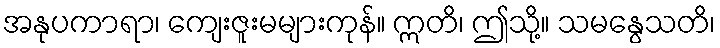
အနုပကာရာ၊ ကျေးဇူးမများကုန်။ ဣတိ၊ ဤသို့။ သမနွေသတိ၊